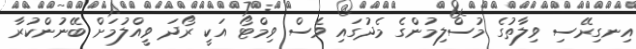
އިނގިރޭސި ވިލާތުގެ މުސްލިމުންގެ މެދުގައި ވެސް ވިމްޓޯ އަކީ ރޯދަ ވީއްލުމަށް ބޭނުންކުރާ